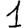
Digit: 1